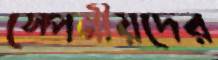
স্পেনীয়দের